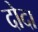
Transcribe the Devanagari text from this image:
दोदा